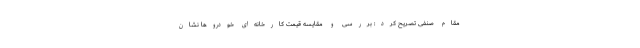
مقام صنفی تصریح کرد: بررسی و مقایسه قیمت کارخانه‌ای خودروها نشان